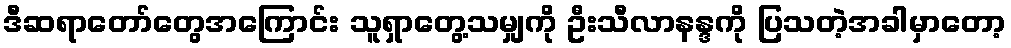
ဒီဆရာတော်တွေအကြောင်း သူရှာတွေ့သမျှကို ဦးသီလာနန္ဒကို ပြသတဲ့အခါမှာတော့